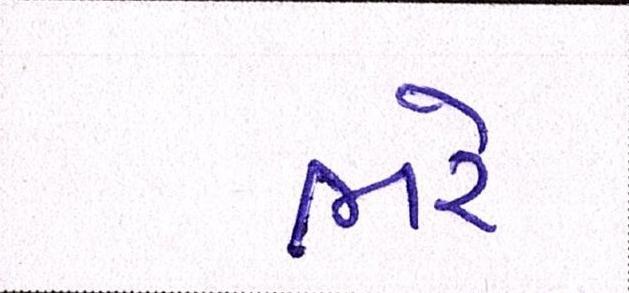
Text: ભરે